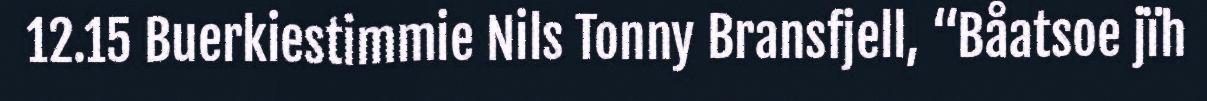
12.15 Buerkiestimmie Nils Tonny Bransfjell, “Båatsoe jïh